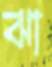
ঝা